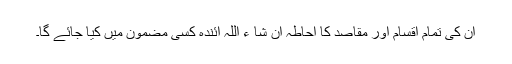
ان کی تمام اقسام اور مقاصد کا احاطہ ان شا ء اللہ آئندہ کسی مضمون میں کیا جائے گا۔